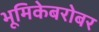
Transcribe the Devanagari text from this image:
भूमिकेबरोबर